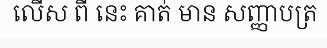
លើស ពី នេះ គាត់ មាន សញ្ញាបត្រ